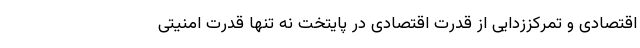
اقتصادی و تمرکززدایی از قدرت اقتصادی در پایتخت نه تنها قدرت امنیتی